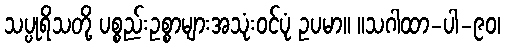
သပ္ပုရိသတို့ ပစ္စည်းဥစ္စာများအသုံးဝင်ပုံ ဥပမာ။ ။သဂါထာ-ပါ-၉၀၊